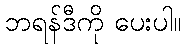
ဘရန်ဒီကို ပေးပါ။